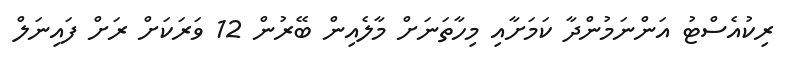
ރިކުއެސްޓު އަންނަމުންދާ ކަމަށާއި މިހާތަނަށް މާލެއިން ބޭރުން 12 ވަރަކަށް ރަށް ފައިނަލް